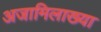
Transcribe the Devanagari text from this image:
अजामिलाख्या